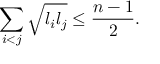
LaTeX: \sum _ { i < j } \sqrt { l _ { i } l _ { j } } \leq \frac { n - 1 } { 2 } .